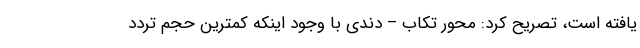
یافته است، تصریح کرد: محور تکاب – دندی با وجود اینکه کمترین حجم تردد